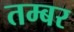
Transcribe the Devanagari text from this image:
तम्बर